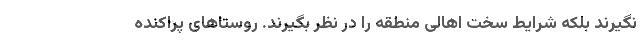
نگیرند بلکه شرایط سخت اهالی منطقه را در نظر بگیرند. روستاهای پراکنده